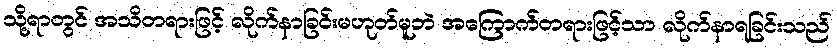
သို့ရာတွင် အသိတရားဖြင့် လိုက်နာခြင်းမဟုတ်မူဘဲ အကြောက်တရားဖြင့်သာ လိုက်နာရခြင်းသည်